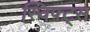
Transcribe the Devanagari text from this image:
स्विफ्ट्स